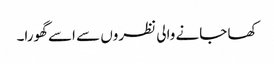
کھا جانے والی نظروں سے اسے گھورا۔